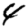
Digit: 4